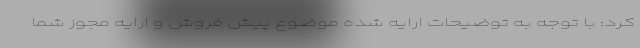
کرد: با توجه به توضیحات ارایه شده موضوع پیش فروش و ارایه مجوز شما